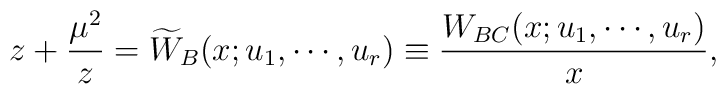
z+{\mu^2\over z}=\widetilde{W}_B(x;u_{1}, \cdots, u_{r}) \equiv {W_{BC}(x;u_{1}, \cdots, u_{r})\over x},